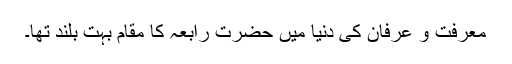
معرفت و عرفان کی دنیا میں حضرت رابعہ کا مقام بہت بلند تھا۔